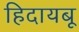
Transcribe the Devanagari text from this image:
हिदायबू